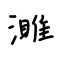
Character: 濉